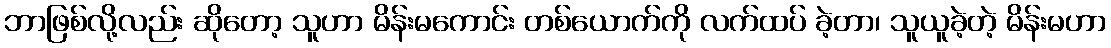
ဘာဖြစ်လို့လည်း ဆိုတော့ သူဟာ မိန်းမကောင်း တစ်ယောက်ကို လက်ထပ် ခဲ့တာ၊ သူယူခဲ့တဲ့ မိန်းမဟာ